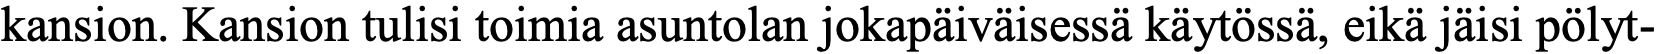
kansion. Kansion tulisi toimia asuntolan jokapäiväisessä käytössä, eikä jäisi pölyt-